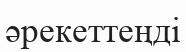
әрекеттеңді